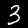
Label: 3